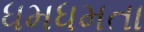
ધમધમતા